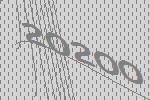
20200